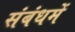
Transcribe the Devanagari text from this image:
संबंधमें